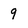
Character: 9